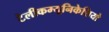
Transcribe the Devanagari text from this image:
टेलीकम्यूनिकेशियो